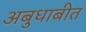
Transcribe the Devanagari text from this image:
अबुधाबीत